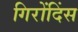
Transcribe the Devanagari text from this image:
गिरोंदिंस